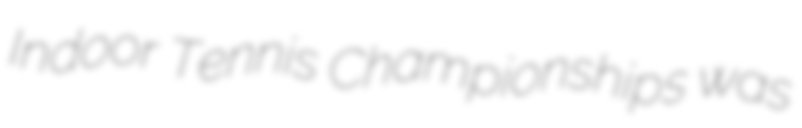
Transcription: Indoor Tennis Championships was